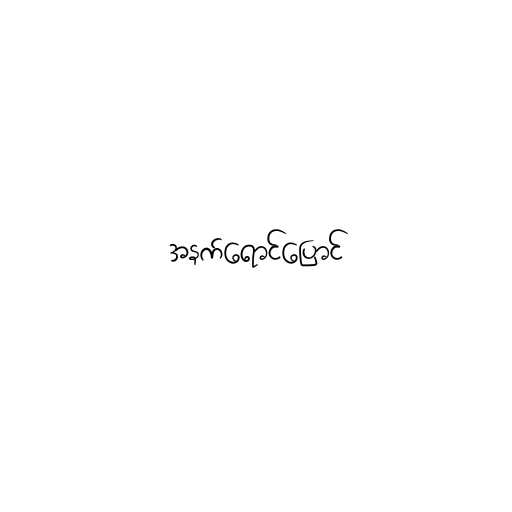
အနက်ရောင်ပြောင်